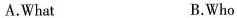
A.What B.Who